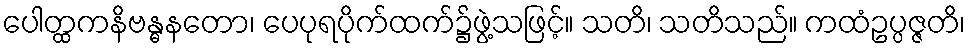
ပေါတ္ထကနိဗန္ဓနတော၊ ပေပုရပိုက်ထက်၌ဖွဲ့သဖြင့်။ သတိ၊ သတိသည်။ ကထံဥပ္ပဇ္ဇတိ၊